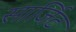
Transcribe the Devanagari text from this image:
सार्जिट